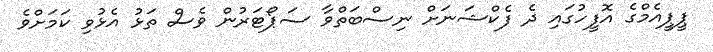
ޕީޕީއެމްގެ އޮފީހުގައި ދެ ފެކްޝަނަށް ނިސްބަތްވާ ސަޕޯޓަރުން ވެސް ތަޅު އެޅުވި ކަމަށްވެ